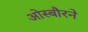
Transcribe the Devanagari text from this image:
ओस्बौरने